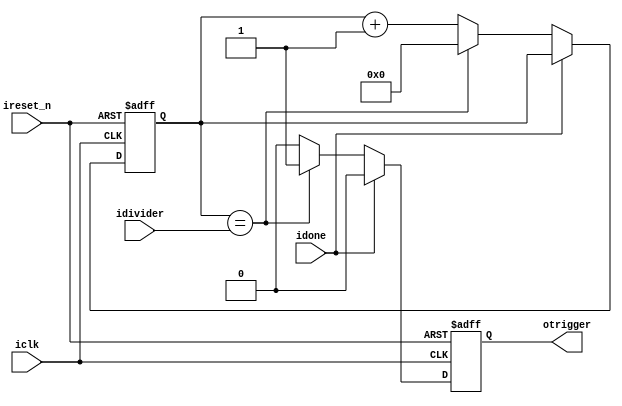
module PWM_Delay(iclk,ireset_n,
					  idivider,idone,
					  otrigger,
					  );

input iclk;
input ireset_n;
input [31:0] idivider;
input        idone;

output  otrigger;	
reg	  otrigger;	

reg 	 [31:0] cnt;			  
			  
always@(posedge iclk or negedge ireset_n)					  
begin
  	if (~ireset_n)
	begin
	  cnt <= 0;
	  otrigger <= 0;
	end
   else
	begin
	  if(idone == 1'b0)
	  begin
	    if(cnt == idivider)
		 begin 
		   cnt <= 0;
		   otrigger <= 1'b1; 
		 end
		 else 
		 begin 
		   cnt <= cnt + 1'b1;
		   otrigger <= 1'b0;
		 end
	  end
	  else
	    otrigger <= 1'b0;
	end
end

endmodule